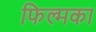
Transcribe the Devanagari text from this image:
फिल्मका